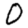
Digit: 0